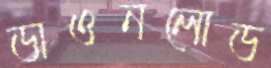
ডাওনলোড